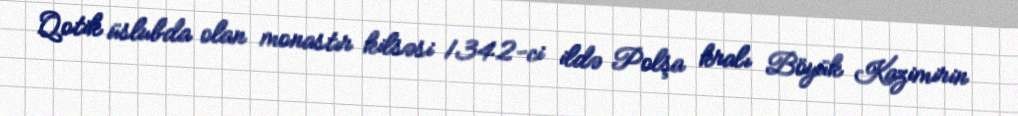
Qotik üslubda olan monastır kilsəsi 1342-ci ildə Polşa kralı Böyük Kazimirin